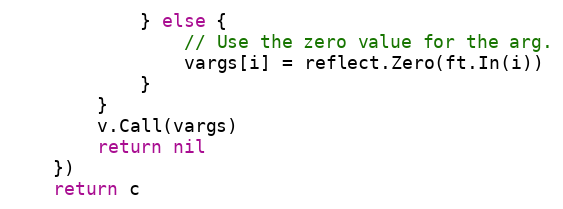
Language: Go
			} else {
				// Use the zero value for the arg.
				vargs[i] = reflect.Zero(ft.In(i))
			}
		}
		v.Call(vargs)
		return nil
	})
	return c